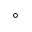
^ \circ